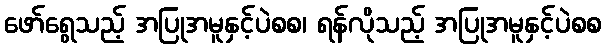
ဖော်ရွေသည့် အပြုအမူနှင့်ပဲစစ၊ ရန်လိုသည့် အပြုအမူနှင့်ပဲစစ